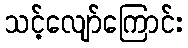
သင့်လျော်ကြောင်း